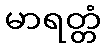
မာရတ္တံ